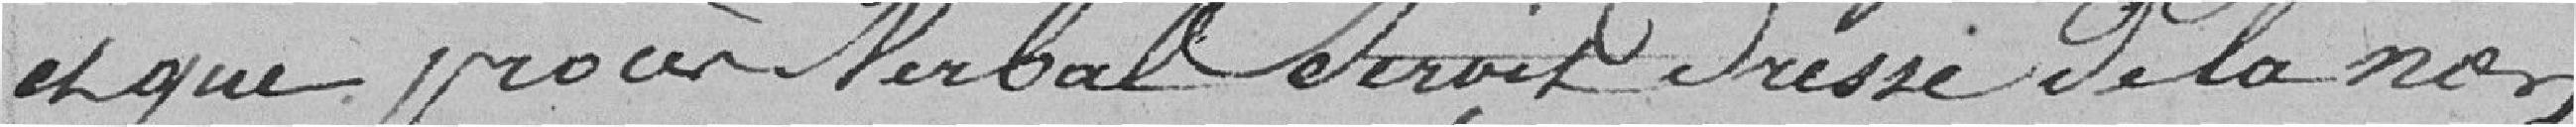
et que procès verbal serait dressé de la non